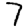
Digit: 7